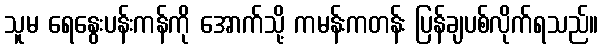
သူမ ရေနွေးပန်းကန်ကို အောက်သို့ ကမန်းကတန်း ပြန်ချပစ်လိုက်ရသည်။